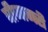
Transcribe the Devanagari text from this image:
बीजागरी